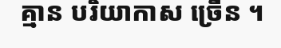
គ្មាន បរិយាកាស ច្រើន ។